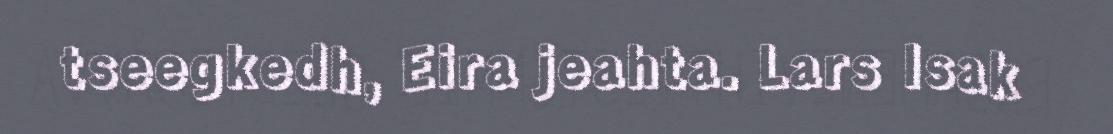
tseegkedh, Eira jeahta. Lars Isak